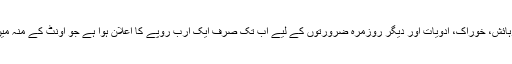
نقل مکانی کرنے والوں کی رہائش، خوراک، ادویات اور دیگر روزمرہ ضرورتوں کے لیے اب تک صرف ایک ارب روپے کا اعلان ہوا ہے جو اونٹ کے منہ میں زیرے کے برابر بھی نہیں۔